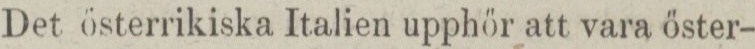
Det österrikiska Italien upphör att vara öster-